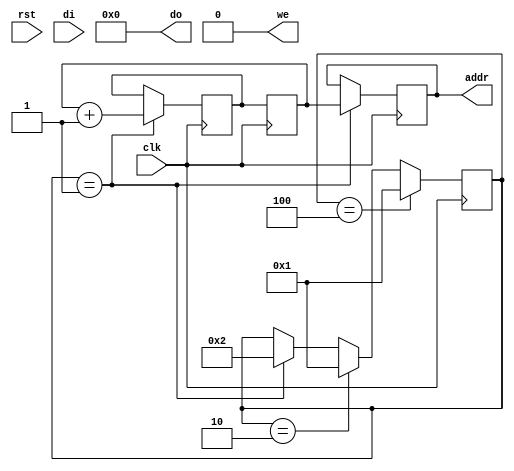

`define STATE_FETCH_INSTR	8'b00000001
`define STATE_EXEC_INSTR	8'b00000010
`define STATE_FETCH_IMM		8'b00000100

module cpu(clk, rst, addr, di, do, we);

	input clk;
	input rst;
	output [15:0] addr;
	input [7:0] di;
	output [7:0] do;
	output we;

	wire clk;
	wire rst;
	reg [15:0] addr = 0;
	wire [7:0] di;
	reg [7:0] do = 0;
	reg we = 0;

	reg [7:0] state = `STATE_FETCH_INSTR;
	reg [15:0] pc = 0;
	reg [15:0] pc_next = 0;
	reg [7:0] instr;
	
	reg [7:0] imm;
	
	
	wire [3:0] opcode;
	
	
	assign opcode = instr[7:4];
	
	
	
	always @(posedge clk) begin
		
		if(state == `STATE_FETCH_INSTR) begin
			addr <= pc;
			
			state <= `STATE_EXEC_INSTR;
			pc_next <= pc + 1;
		end
		
		if(state == `STATE_EXEC_INSTR) begin
			instr <= di;
			$display("instr %x", instr);
			
			state <= `STATE_FETCH_INSTR;
		end
		
		if(state == `STATE_FETCH_IMM) begin
			imm <= di;
			$display("imm %x", imm);
			
			state <= `STATE_FETCH_INSTR;
		end
		
		pc <= pc_next;
	end
			
endmodule